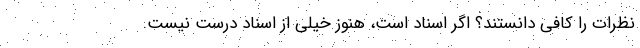
نظرات را کافی دانستند؟ اگر اسناد است، هنوز خیلی از اسناد درست نیست.